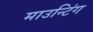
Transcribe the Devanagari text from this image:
माउन्टिंग